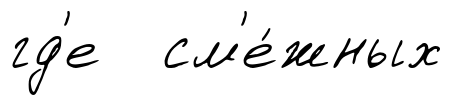
гд'е см'е́жных